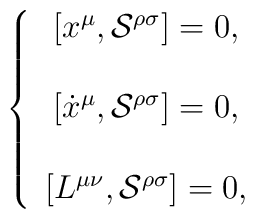
\left\{ \begin{array}{c}\left[ x^{\mu },\mathcal{S}^{\rho \sigma }\right] =0, \\ \\ \left[ \dot{x}^{\mu },\mathcal{S^{\rho \sigma }}\right] =0, \\ \\ \left[ L^{\mu \nu },\mathcal{S^{\rho \sigma }}\right] =0,\end{array}\right.